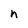
Character: n